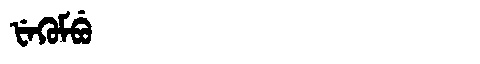
Manchu: ᡶᡝᡴᡠᠮᠪᡠ
Romanization: FEKUMBU